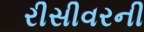
રીસીવરની